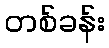
တစ်ခန်း